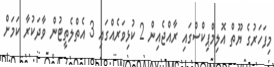
މިފަހަރުގެ ޔޫތް އޮލިމްޕިކްސްގައި ރާއްޖެއިން 2 ކުޅިވަރެއްގައި 3 އެތްލެތީޓުން ވާދަކުރާ ކަމަށް